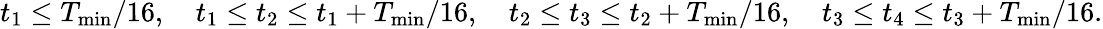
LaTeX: \begin{array}{r}{t_{1}\leq T_{\operatorname*{min}}/16,\quad t_{1}\leq t_{2}\leq t_{1}+T_{\operatorname*{min}}/16,\quad t_{2}\leq t_{3}\leq t_{2}+T_{\operatorname*{min}}/16,\quad t_{3}\leq t_{4}\leq t_{3}+T_{\operatorname*{min}}/16.}\end{array}